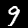
Label: 9